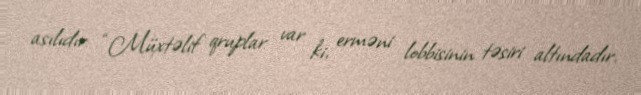
asılıdır: “Müxtəlif qruplar var ki, erməni lobbisinin təsiri altındadır.